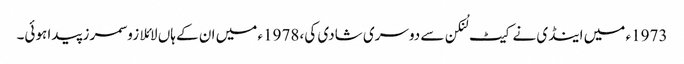
1973ء میں اینڈی نے کیٹ لُنکن سے دوسری شادی کی، 1978ء میں ان کے ہاں لائلا زو سمرز پیدا ہوئی۔